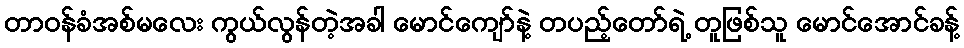
တာဝန်ခံအစ်မလေး ကွယ်လွန်တဲ့အခါ မောင်ကျော်နဲ့ တပည့်တော်ရဲ့ တူဖြစ်သူ မောင်အောင်ခန့်